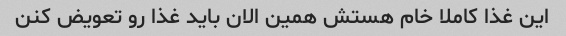
این غذا کاملا خام هستش همین الان باید غذا رو تعویض کنن